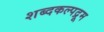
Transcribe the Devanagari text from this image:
शब्दकल्पद्रूम